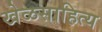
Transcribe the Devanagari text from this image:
खेळसाहित्य